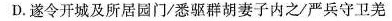
D. 遂令开城及所居园门/悉驱群胡妻子内之/严兵守卫羌